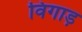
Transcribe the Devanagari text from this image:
विगाड़